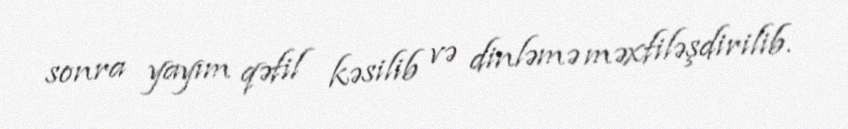
sonra yayım qəfil kəsilib və dinləmə məxfiləşdirilib.